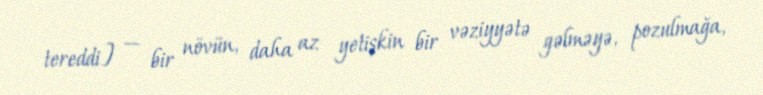
tereddi] — bir növün, daha az yetişkin bir vəziyyətə gəlməyə, pozulmağa,